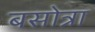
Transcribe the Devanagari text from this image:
बसोत्रा